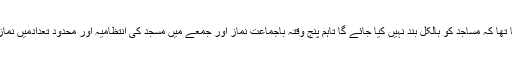
وفاقی وزیر کا کہنا تھا کہ مساجد کو بالکل بند نہیں کیا جائے گا تاہم پنج وقتہ باجماعت نماز اور جمعے میں مسجد کی انتظامیہ اور محدود تعدادمیں نمازی مسجد آئیں گے۔